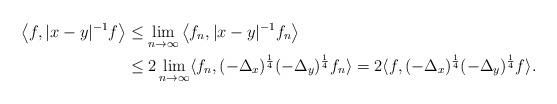
LaTeX: \begin{align*}\left\langle f,|x-y|^{-1}f \right\rangle & \leq \lim_{n\to\infty} \left\langle f_n,|x-y|^{-1}f_n \right\rangle \\& \leq 2 \lim_{n\to\infty} \langle f_n,(-\Delta_{x})^{\frac{1}{4}}(-\Delta_{y})^{\frac{1}{4}}f_n \rangle = 2\langle f,(-\Delta_{x})^{\frac{1}{4}}(-\Delta_{y})^{\frac{1}{4}}f \rangle.\end{align*}